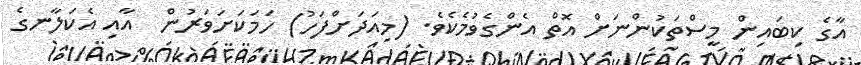
އާގެ ކިބައިން މީސްތަކުންނަށް އޮތް އެންގެވުމެކެވެ. (މިއަދަށްފަހު) ހަމަކަށަވަރުން  އާއި އެކަލާނގެ